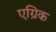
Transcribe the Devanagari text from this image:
एग्रिक